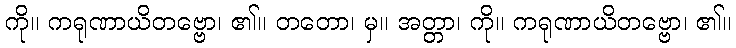
ကို။ ကရုဏာယိတဗ္ဗော၊ ၏။ တတော၊ မှ။ အတ္တာ၊ ကို။ ကရုဏာယိတဗ္ဗော၊ ၏။